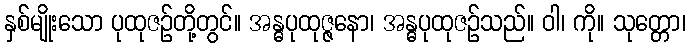
နှစ်မျိုးသော ပုထုဇဉ်တို့တွင်။ အန္ဓပုထုဇ္ဇနော၊ အန္ဓပုထုဇဉ်သည်။ ဝါ၊ ကို။ သုတ္တော၊